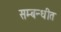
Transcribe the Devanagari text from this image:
सम्‍बन्‍धीत